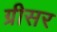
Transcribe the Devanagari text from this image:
ग्रीसर